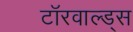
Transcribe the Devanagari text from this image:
टॉरवाल्ड्स